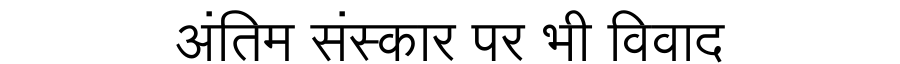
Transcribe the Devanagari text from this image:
अंतिम संस्कार पर भी विवाद